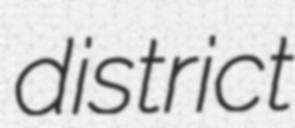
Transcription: district